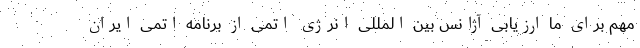
مهم برای ما ارزیابی آژانس بین المللی انرژی اتمی از برنامه اتمی ایران